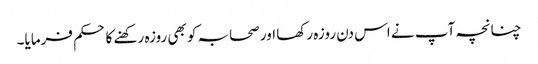
چنانچہ آپ نے اس دن روزہ رکھا اور صحابہ کو بھی روزہ رکھنے کا حکم فرمایا۔